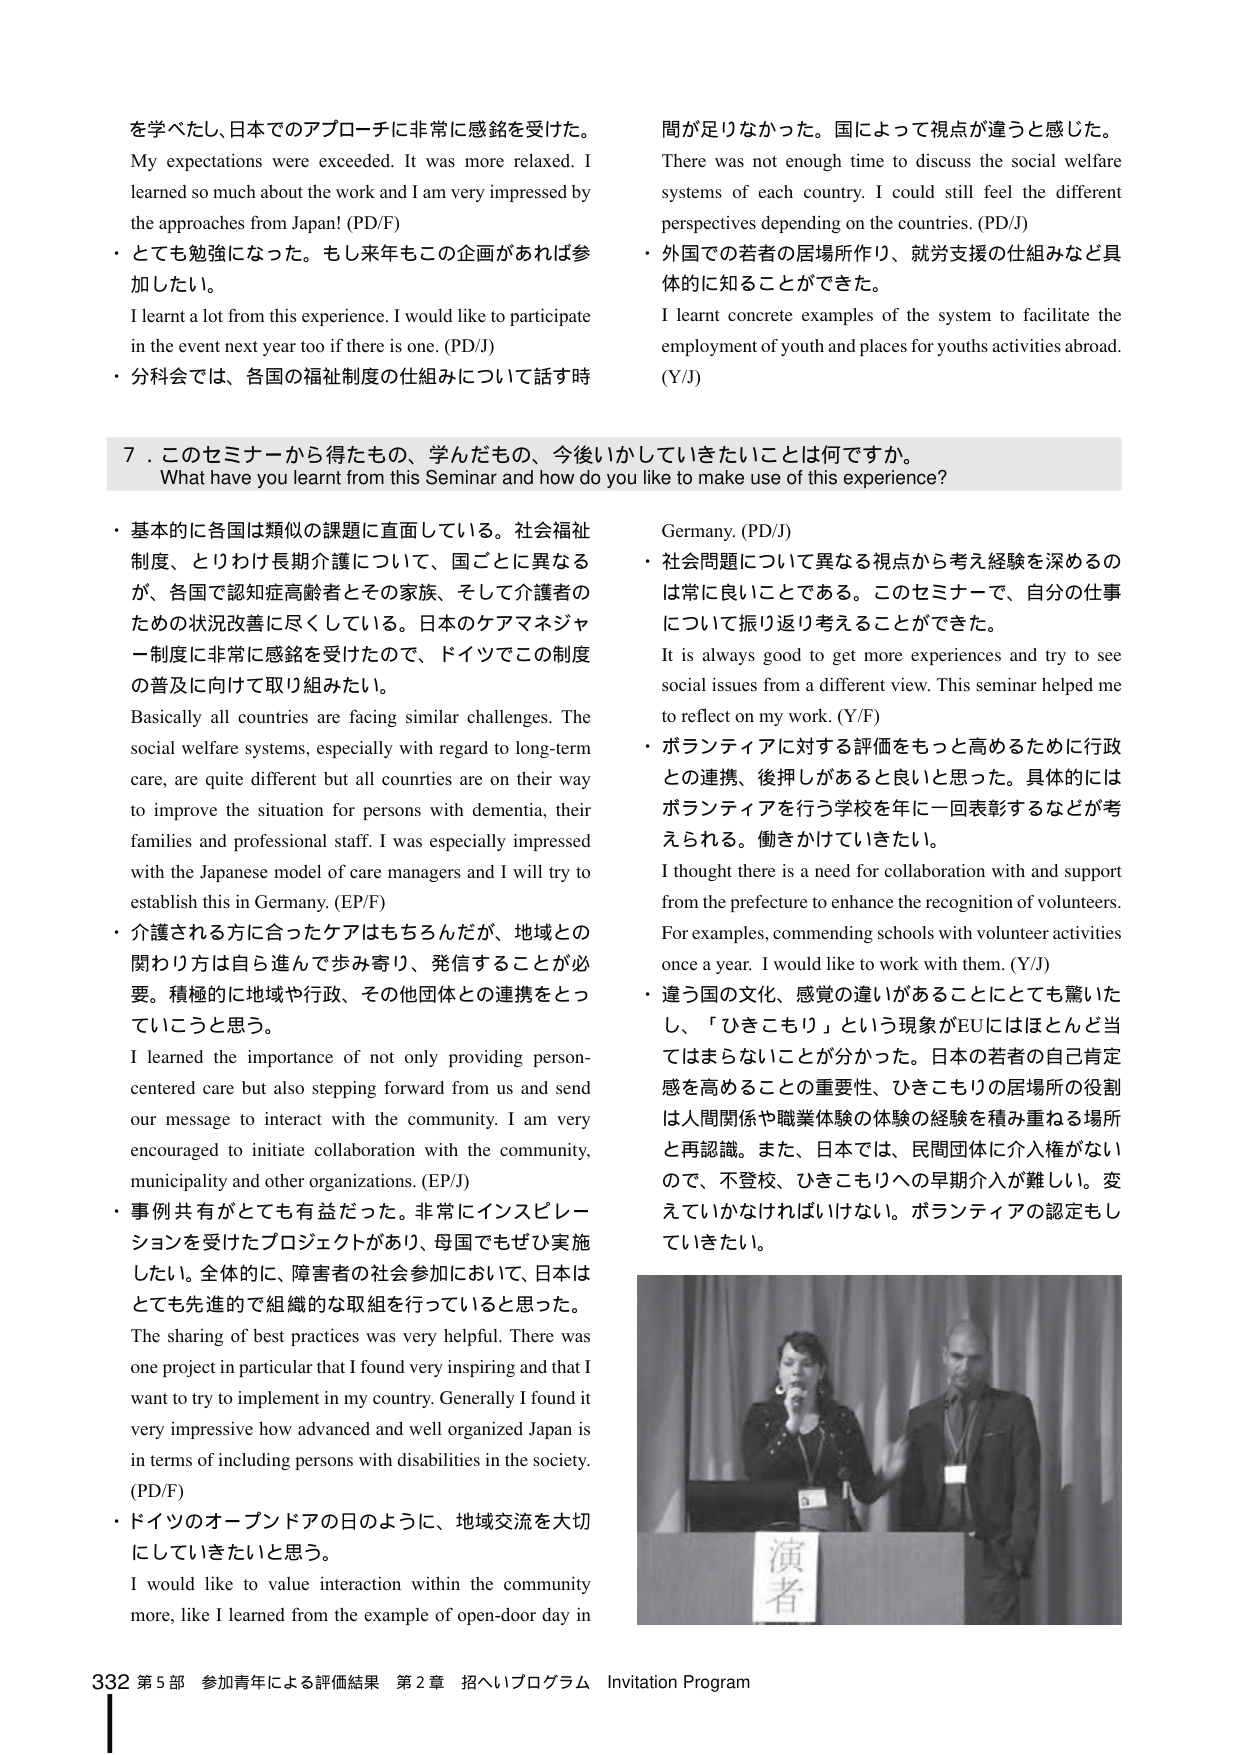
を学べたし、日本でのアプローチに非常に感銘を受けた。
My expectations were exceeded. It was more relaxed. I learned so much about the work and I am very impressed by the approaches from Japan! (PD/F)

・とても勉強になった。もし来年もこの企画があれば参加したい。
I learnt a lot from this experience. I would like to participate in the event next year too if there is one. (PD/J)

・分科会では、各国の福祉制度の仕組みについて話す時
間が足りなかった。国によって視点が違うと感じた。
There was not enough time to discuss the social welfare systems of each country. I could still feel the different perspectives depending on the countries. (PD/J)

・外国での若者の居場所作り、就労支援の仕組みなど具体的に知ることができた。
I learnt concrete examples of the system to facilitate the employment of youth and places for youths activities abroad. (Y/J)

7．このセミナーから得たもの、学んだもの、今後いかしていきたいことは何ですか。
What have you learnt from this Seminar and how do you like to make use of this experience?

・基本的に各国は類似の課題に直面している。社会福祉制度、とりわけ長期介護について、国ごとに異なるが、各国で認知症高齢者とその家族、そして介護者のための状況改善に尽くしている。日本のケアマネジャー制度に非常に感銘を受けたので、ドイツでこの制度の普及に向けて取り組みたい。
Basically all countries are facing similar challenges. The social welfare systems, especially with regard to long-term care, are quite different but all countries are on their way to improve the situation for persons with dementia, their families and professional staff. I was especially impressed with the Japanese model of care managers and I will try to establish this in Germany. (EP/F)

・介護される方に合ったケアはもちろんだが、地域との関わり方は自ら進んで歩み寄り、発信することが必要。積極的に地域や行政、その他団体との連携をとっていこうと思う。
I learned the importance of not only providing person-centered care but also stepping forward from us and send our message to interact with the community. I am very encouraged to initiate collaboration with the community, municipality and other organizations. (EP/J)

・事例共有がとても有益だった。非常にインスピレーションを受けたプロジェクトがあり、母国でもぜひ実施したい。全体的に、障害者の社会参加において、日本はとても先進的で組織的な取組を行っていると思った。
The sharing of best practices was very helpful. There was one project in particular that I found very inspiring and that I want to try to implement in my country. Generally I found it very impressive how advanced and well organized Japan is in terms of including persons with disabilities in the society. (PD/F)

・ドイツのオープンドアの日のように、地域交流を大切にしていきたいと思う。
I would like to value interaction within the community more, like I learned from the example of open-door day in Germany. (PD/J)

・社会問題について異なる視点から考え経験を深めるのは常に良いことである。このセミナーで、自分の仕事について振り返り考えることができた。
It is always good to get more experiences and try to see social issues from a different view. This seminar helped me to reflect on my work. (Y/F)

・ボランティアに対する評価をもっと高めるために行政との連携、後押しがあると良いと思った。具体的にはボランティアを行う学校を年に一回表彰するなどが考えられる。働きかけていきたい。
I thought there is a need for collaboration with and support from the prefecture to enhance the recognition of volunteers. For examples, commending schools with volunteer activities once a year. I would like to work with them. (Y/J)

・違う国の文化、感覚の違いがあることとても驚いたし、「ひきこもり」という現象がEUにはほとんど当てはまらないことが分かった。日本の若者の自己肯定感を高めることの重要性、ひきこもりの居場所の役割は人間関係や職業体験の体験の経験を積み重ねる場所と再認識。また、日本では、民間団体に介入権がないので、不登校、ひきこもりへの早期介入が難しい。変えていかなければいけない。ボランティアの認定もしていきたい。

演者

332 第5部 参加青年による評価結果 第2章 招へいプログラム Invitation Program